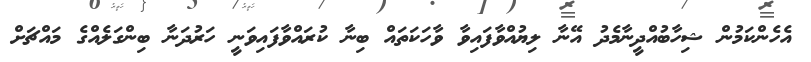
އެހެންކަމުން ޝިހާބުއްދީނާމެދު އޭނާ ލިޔުއްވާފައިވާ ވާހަކަތައް ބިނާ ކުރައްވާފައިވަނީ ހަރުދަނާ ބިންގަލެއްގެ މައްޗަށް